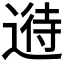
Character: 𲅪